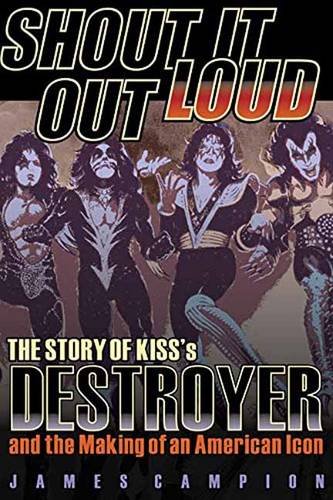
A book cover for Shout It Out Loud: The Story of Kiss's Destroyer and the Making of an American Icon; James Campion; Humor & Entertainment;